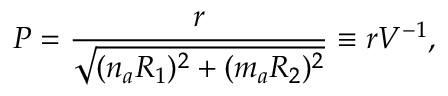
P = \frac { r } { \sqrt { ( n _ { a } R _ { 1 } ) ^ { 2 } + ( m _ { a } R _ { 2 } ) ^ { 2 } } } \equiv r V ^ { - 1 } ,